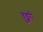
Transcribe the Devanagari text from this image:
वुड्बरी